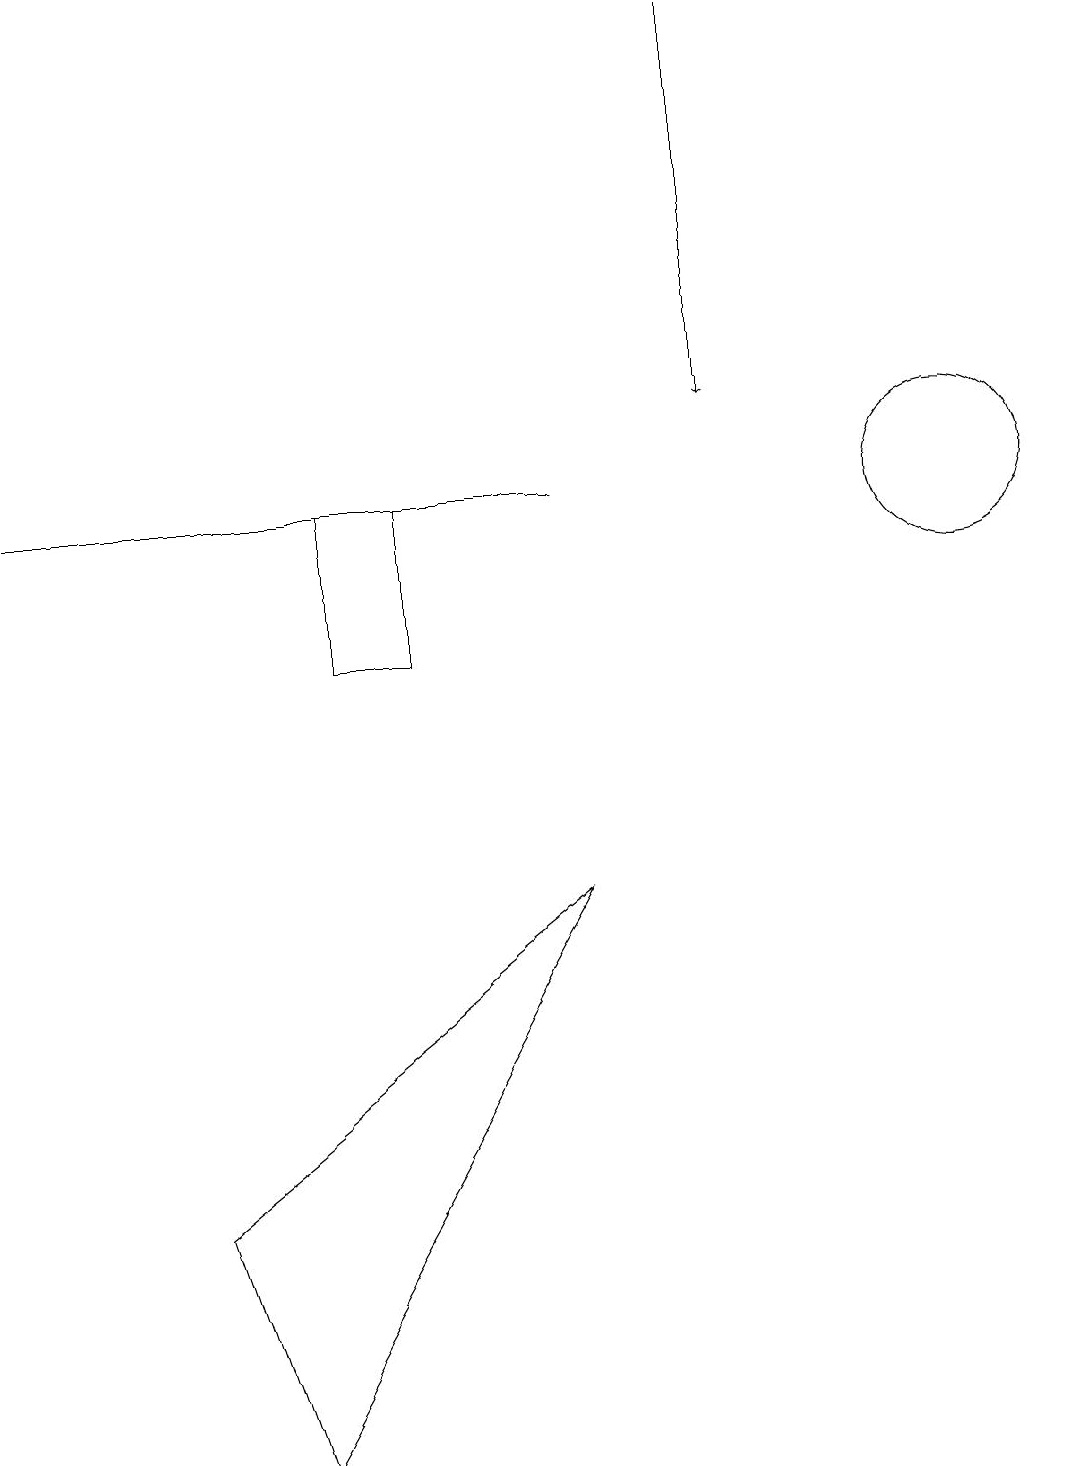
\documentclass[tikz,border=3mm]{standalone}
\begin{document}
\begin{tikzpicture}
\draw (12,12) circle (1);
\draw (11,11) circle (0);
\draw (2,3) -- (7,7) -- (3,0) -- cycle;
\draw (0,12) rectangle (7,12);
\draw (5,10) rectangle (4,12);
\draw[->] (9,18) -- (9,13);
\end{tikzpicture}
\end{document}